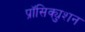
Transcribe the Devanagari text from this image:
प्रॉसिक्युशन